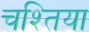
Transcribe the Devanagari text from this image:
चश्तिया